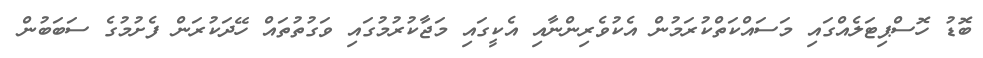
ބޮޑު ހޮސްޕިޓަލެއްގައި މަސައްކަތްކުރަމުން އެކުވެރިންނާއި އެކީގައި މަޖާކުރުމުގައި ވަގުތުތައް ހޭދަކުރަން ފެށުމުގެ ސަބަބުން